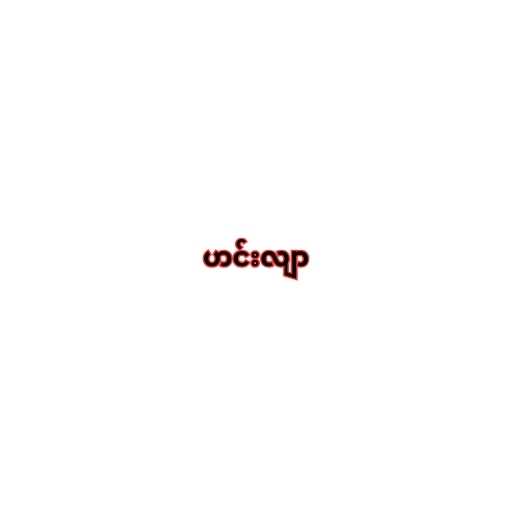
ဟင်းလျာ